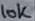
Text: 10K